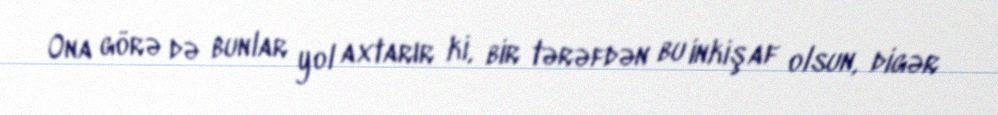
Ona görə də bunlar yol axtarır ki, bir tərəfdən bu inkişaf olsun, digər